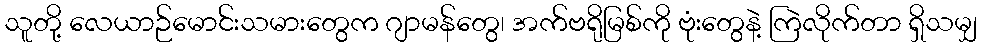
သူတို့ လေယာဉ်မောင်းသမားတွေက ဂျာမန်တွေ၊ အက်ဗရိုမြစ်ကို ဗုံးတွေနဲ့ ကြဲလိုက်တာ ရှိသမျှ